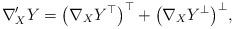
LaTeX: \begin{gather*}\nabla '_XY=\big(\nabla_XY^{\top}\big)^{\top}+\big(\nabla_XY^{\bot}\big)^{\bot},\end{gather*}